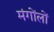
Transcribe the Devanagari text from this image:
मंगोंलों